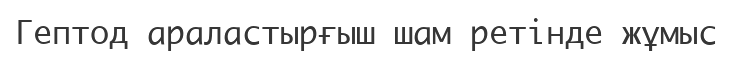
Гептод араластырғыш шам ретінде жұмыс